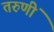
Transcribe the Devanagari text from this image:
तरुणीं